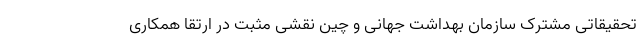
تحقیقاتی مشترک سازمان بهداشت جهانی و چین نقشی مثبت در ارتقا همکاری